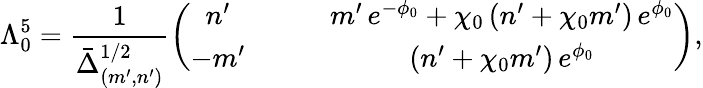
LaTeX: \Lambda_{0}^{5}=\frac{1}{\bar{\Delta}_{(m^{\prime},n^{\prime})}^{1/2}}\left(\begin{array}{cc}{{n^{\prime}\qquad}}&{{m^{\prime}\, e^{-\phi_{0}}+\chi_{0}\, (n^{\prime}+\chi_{0}m^{\prime})\, e^{\phi_{0}}}}\\ {{-m^{\prime}\qquad}}&{{(n^{\prime}+\chi_{0}m^{\prime})\, e^{\phi_{0}}}}\end{array}\right),